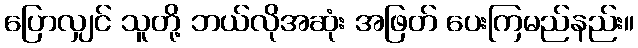
ပြောလျှင် သူတို့ ဘယ်လိုအဆုံး အဖြတ် ပေးကြမည်နည်း။